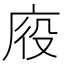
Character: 𭙠